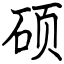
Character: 硕